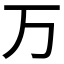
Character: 万